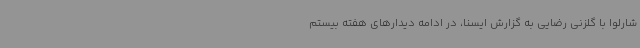
شارلوا با گلزنی رضایی به گزارش ایسنا، در ادامه دیدارهای هفته بیستم